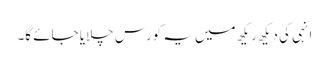
انہی کی دیکھ ریکھ میں یہ کورس چلایا جائے گا۔